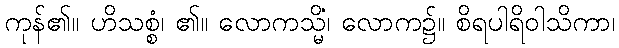
ကုန်၏။ ဟိသစ္စံ၊ ၏။ လောကသ္မိံ၊ လောက၌။ စိရပါရိဝါသိကာ၊